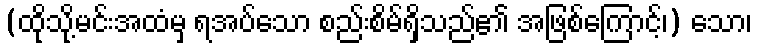
(ထိုသို့မင်းအထံမှ ရအပ်သော စည်းစိမ်ရှိသည်၏ အဖြစ်ကြောင့်၊) သော၊